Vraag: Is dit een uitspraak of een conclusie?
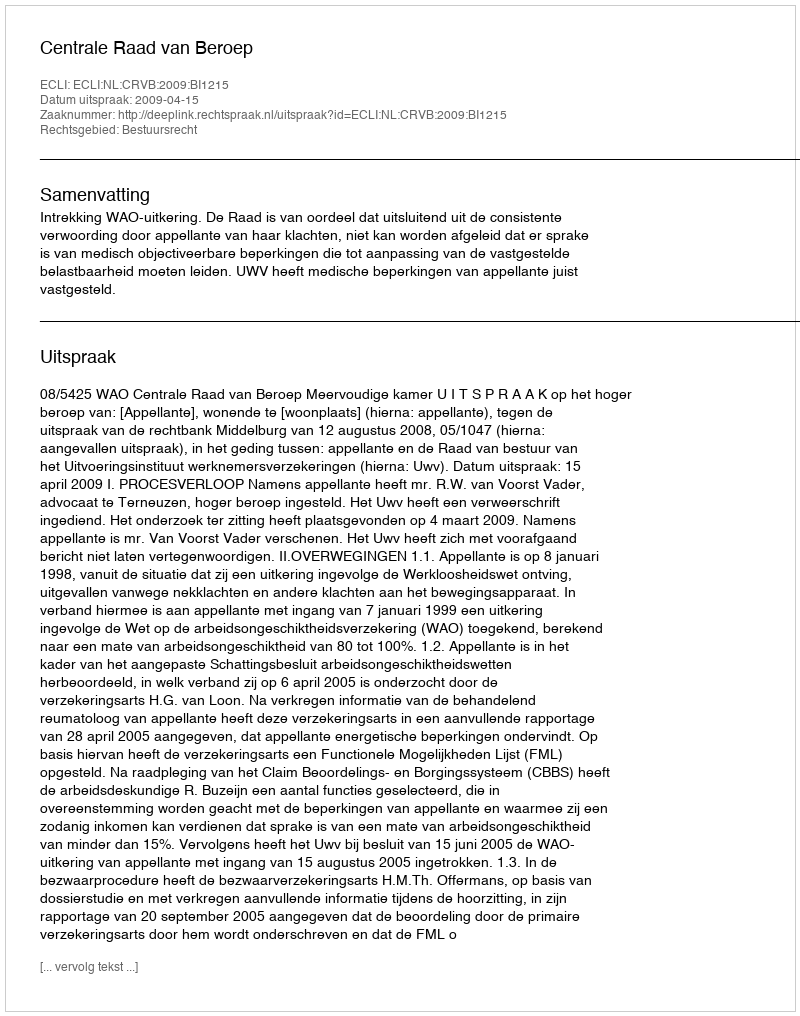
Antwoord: Uitspraak